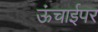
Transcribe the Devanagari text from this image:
ऊंचाईपर